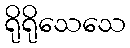
ရိုရိုသေသေ